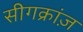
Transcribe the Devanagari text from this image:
सीगक्रांज़